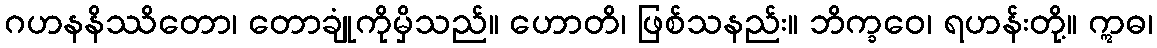
ဂဟနနိဿိတော၊ တောချုံကိုမှိသည်။ ဟောတိ၊ ဖြစ်သနည်း။ ဘိက္ခဝေ၊ ရဟန်းတို့။ ဣဓ၊